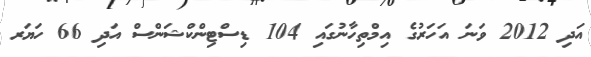
އަދި 2012 ވަނަ އަހަރުގެ އިމްތިހާނުގައި 104 ޑިސްޓިންކްޝަންސް އަދި 66 ހަޔަރ